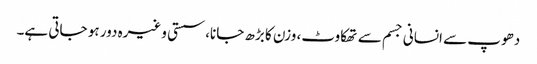
دھوپ سے انسانی جسم سے تھکاوٹ، وزن کا بڑھ جانا، سستی وغیرہ دور ہو جاتی ہے۔